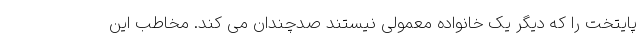
پایتخت را که دیگر یک خانواده معمولی نیستند صدچندان می کند. مخاطب این